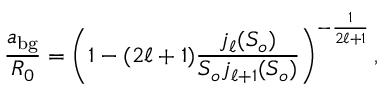
\frac { a _ { \mathrm { b g } } } { R _ { 0 } } = \left( 1 - ( 2 \ell + 1 ) \frac { j _ { \ell } ( S _ { o } ) } { S _ { o } j _ { \ell + 1 } ( S _ { o } ) } \right) ^ { - \frac { 1 } { 2 \ell + 1 } } ,